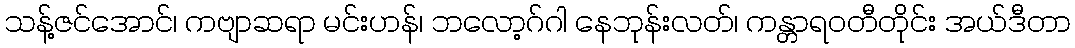
သန့်ဇင်အောင်၊ ကဗျာဆရာ မင်းဟန်၊ ဘလော့ဂ်ဂါ နေဘုန်းလတ်၊ ကန္တာရဝတီတိုင်း အယ်ဒီတာ